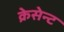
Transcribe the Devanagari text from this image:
क्रेसेन्ट